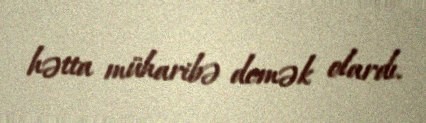
hətta müharibə demək olardı.